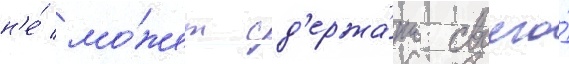
н'е́ мо́жет сд'ержа́ть своего́